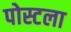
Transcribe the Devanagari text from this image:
पोस्टला